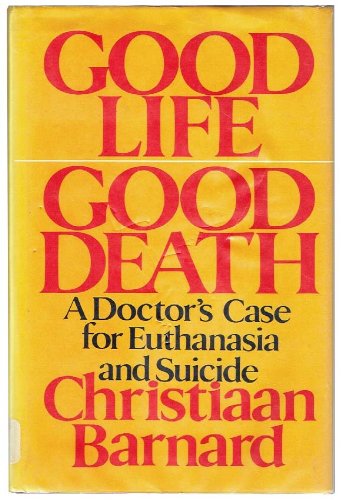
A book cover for Good Life Good Death: A Doctor's Case for Euthanasia and Suicide; Christian Barnard; Medical Books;